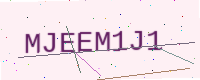
Text: MJEEM1J1